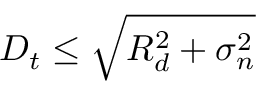
D _ { t } \leq \sqrt { R _ { d } ^ { 2 } + \sigma _ { n } ^ { 2 } }